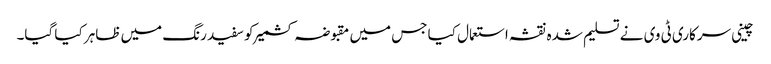
چینی سرکاری ٹی وی نے تسلیم شدہ نقشہ استعمال کیا جس میں مقبوضہ کشمیر کو سفید رنگ میں ظاہر کیا گیا۔